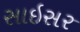
સાઇસર